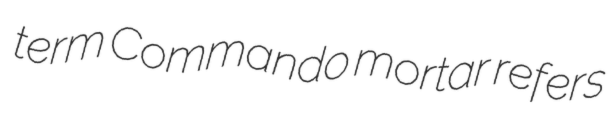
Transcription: term Commando mortar refers